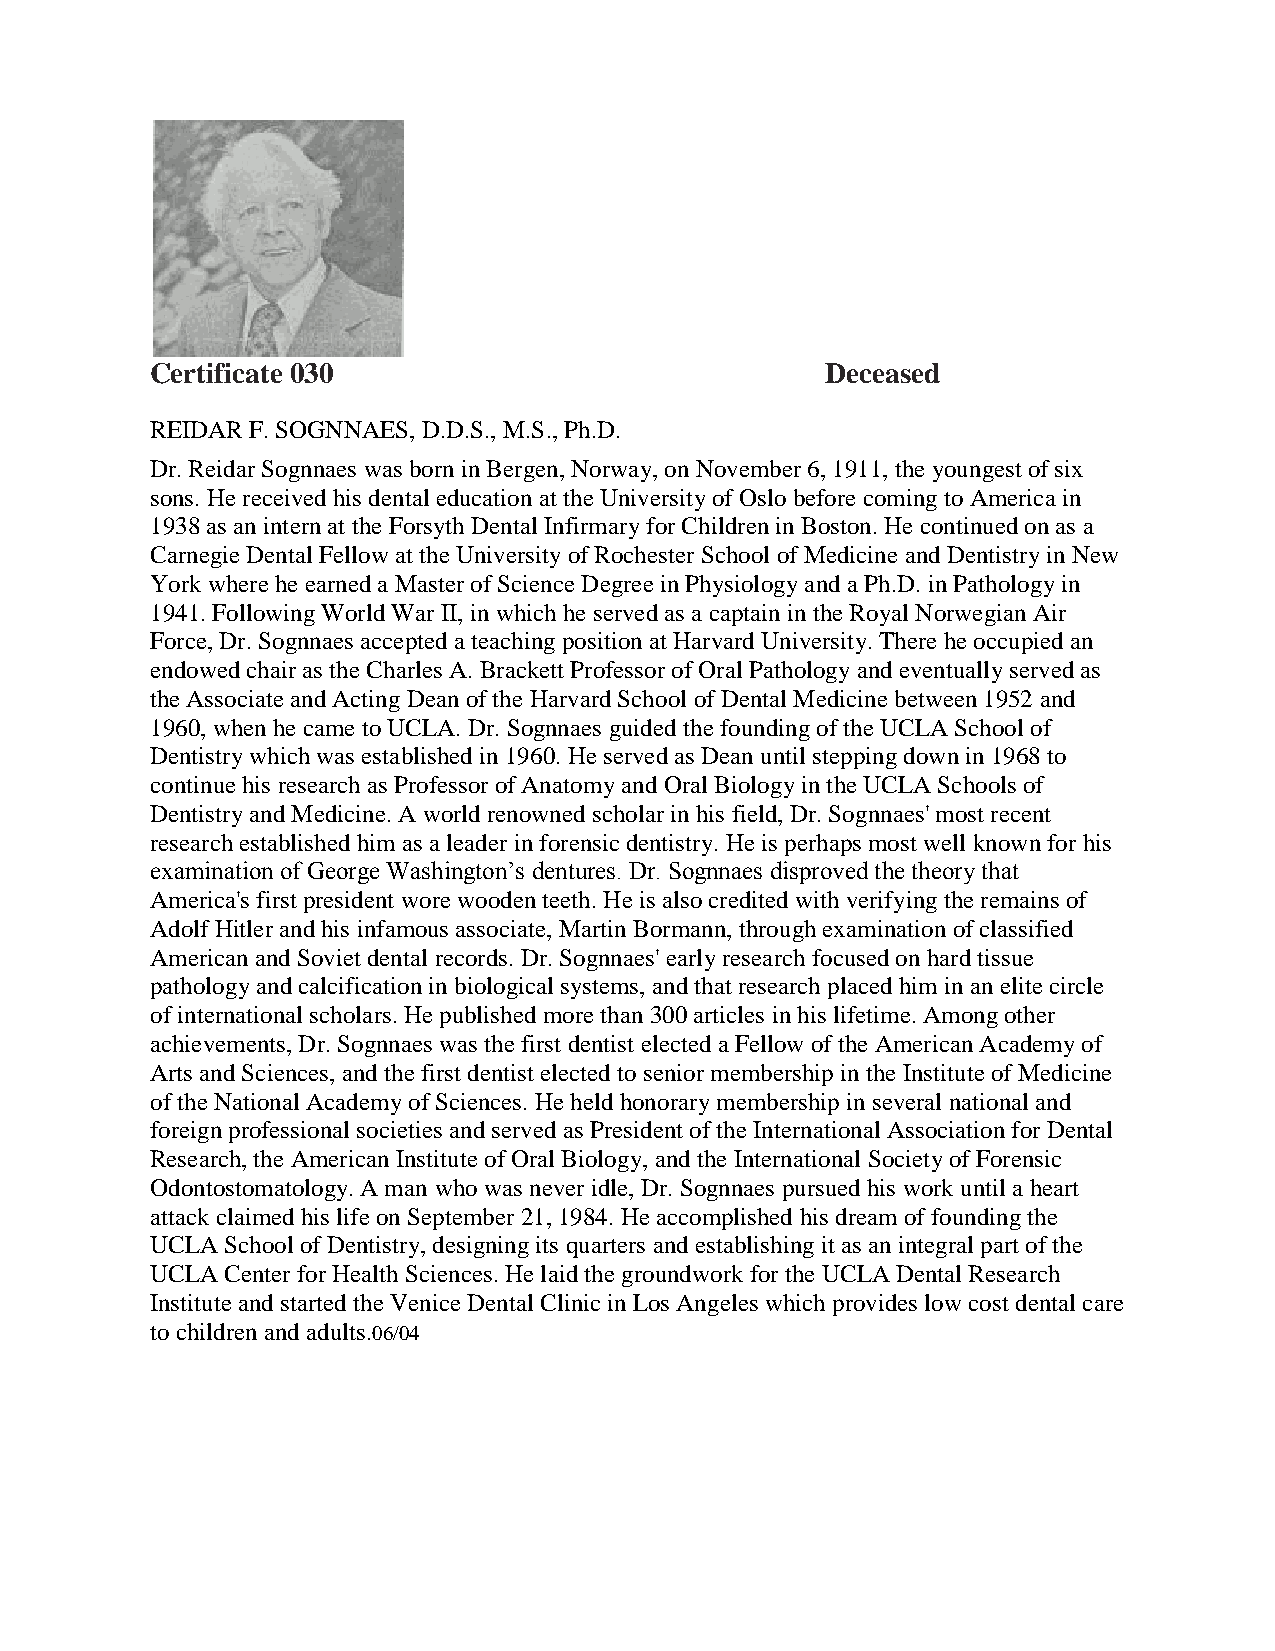
Certificate 030                              Deceased
 REIDAR F. SOGNNAES, D.D.S., M.S., Ph.D.
 Dr. Reidar Sognnaes was born in Bergen, Norway, on November 6, 1911, the youngest of six
 sons. He received his dental education at the University of Oslo before coming to America in
 1938 as an intern at the Forsyth Dental Infirmary for Children in Boston. He continued on as a
 Carnegie Dental Fellow at the University of Rochester School of Medicine and Dentistry in New
 York where he earned a Master of Science Degree in Physiology and a Ph.D. in Pathology in
 1941. Following World War II, in which he served as a captain in the Royal Norwegian Air
 Force, Dr. Sognnaes accepted a teaching position at Harvard University. There he occupied an
 endowed chair as the Charles A. Brackett Professor of Oral Pathology and eventually served as
 the Associate and Acting Dean of the Harvard School of Dental Medicine between 1952 and
 1960, when he came to UCLA. Dr. Sognnaes guided the founding of the UCLA School of
 Dentistry which was established in 1960. He served as Dean until stepping down in 1968 to
 continue his research as Professor of Anatomy and Oral Biology in the UCLA Schools of
 Dentistry and Medicine. A world renowned scholar in his field, Dr. Sognnaes' most recent
 research established him as a leader in forensic dentistry. He is perhaps most well known for his
 examination of George Washington’s dentures. Dr. Sognnaes disproved the theory that
 America's first president wore wooden teeth. He is also credited with verifying the remains of
 Adolf Hitler and his infamous associate, Martin Bormann, through examination of classified
 American and Soviet dental records. Dr. Sognnaes' early research focused on hard tissue
 pathology and calcification in biological systems, and that research placed him in an elite circle
 of international scholars. He published more than 300 articles in his lifetime. Among other
 achievements, Dr. Sognnaes was the first dentist elected a Fellow of the American Academy of
 Arts and Sciences, and the first dentist elected to senior membership in the Institute of Medicine
 of the National Academy of Sciences. He held honorary membership in several national and
 foreign professional societies and served as President of the International Association for Dental
 Research, the American Institute of Oral Biology, and the International Society of Forensic
 Odontostomatology. A man who was never idle, Dr. Sognnaes pursued his work until a heart
 attack claimed his life on September 21, 1984. He accomplished his dream of founding the
 UCLA School of Dentistry, designing its quarters and establishing it as an integral part of the
 UCLA Center for Health Sciences. He laid the groundwork for the UCLA Dental Research
 Institute and started the Venice Dental Clinic in Los Angeles which provides low cost dental care
 to children and adults.06/04